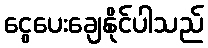
ငွေပေးချေနိုင်ပါသည်